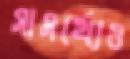
সামর্থ্যেও